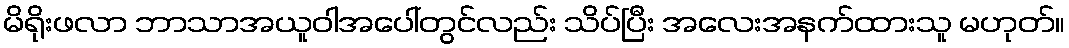
မိရိုးဖလာ ဘာသာအယူဝါအပေါ်တွင်လည်း သိပ်ပြီး အလေးအနက်ထားသူ မဟုတ်။